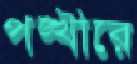
পঙ্খীরে